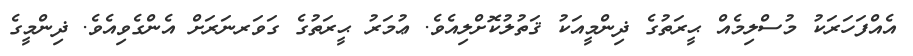
އެއްފަހަރަކު މުސްލިމެއް ޙީރަތުގެ ޛިންމީއަކު ޤަތުލުކޮށްލިއެވެ. ޢުމަރު ޙީރަތުގެ ގަވަރނަރަށް އެންގެވިއެވެ. ޛިންމީގެ